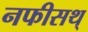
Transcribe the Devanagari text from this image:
नफीसथ्